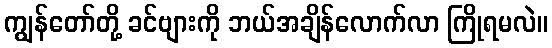
ကျွန်တော်တို့ ခင်ဗျားကို ဘယ်အချိန်လောက်လာ ကြိုရမလဲ။